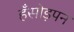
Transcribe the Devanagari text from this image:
हँसोड़पन